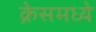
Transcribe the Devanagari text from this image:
क्रेसमध्ये